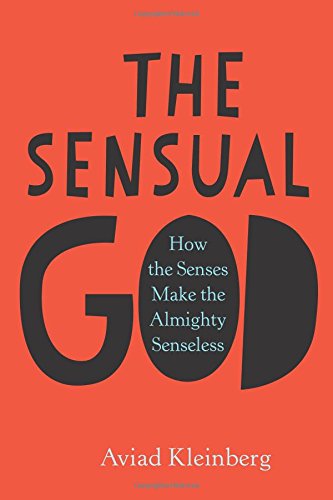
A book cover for The Sensual God: How the Senses Make the Almighty Senseless; Aviad M. Kleinberg; Christian Books & Bibles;